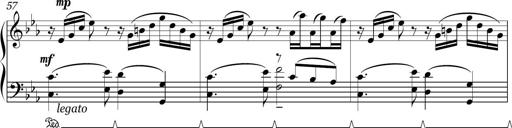
Title: Sonatina in E minor
Composer: Shuwen Zhang
Key: E minor